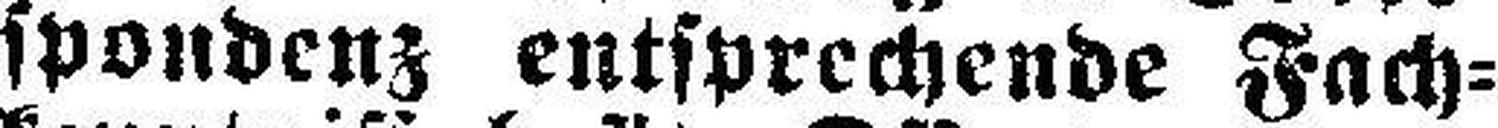
spondenz entsprechende Fach¬